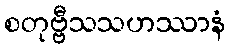
စတုဗ္ဗီသသဟဿာနံ